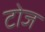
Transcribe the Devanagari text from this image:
टोज